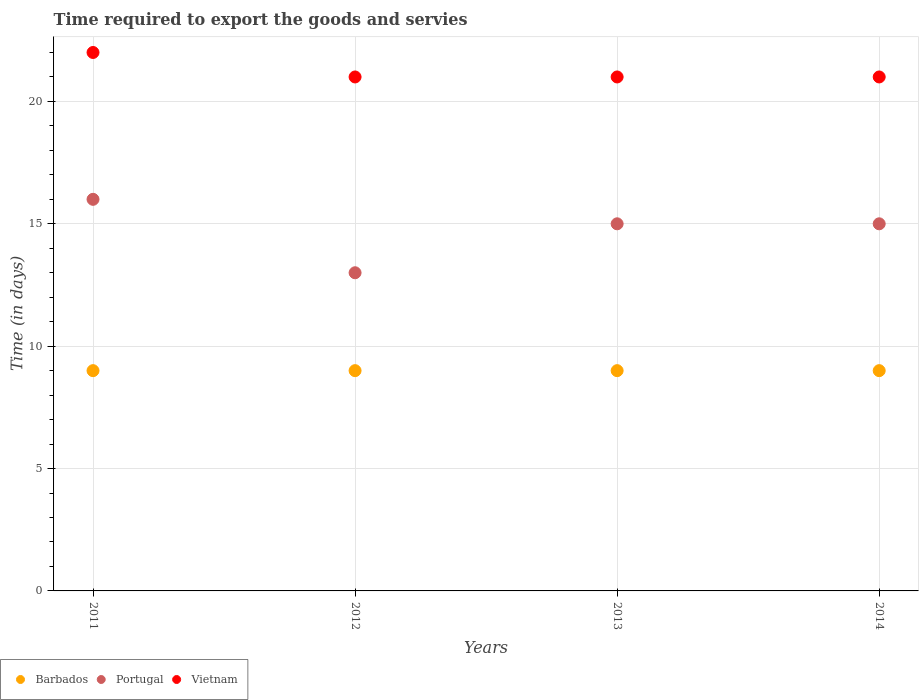
| Years | Barbados | Portugal | Vietnam |
 | --- | --- | --- | --- |
 | 2011 | 9 | 16 | 22 |
 | 2012 | 9 | 13 | 21 |
 | 2013 | 9 | 15 | 21 |
 | 2014 | 9 | 15 | 21 |